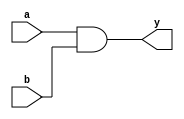
module and2 (input a, b, output y);
    assign y = a & b;
endmodule

module and3 (input a, b, c, output y);
    assign y = a & b & c;
endmodule

module and4 (input a, b, c, d, output y);
    assign y = a & b & c & d;
endmodule

module and5 (input a, b, c, d, e, output y);
    assign y = a & b & c & d & e;
endmodule

module or2 (input a, b, output y);
    assign y = a | b;
endmodule

module or3 (input a, b, c, output y);
    assign y = a | b | c;
endmodule

module or4 (input a, b, c, d, output y);
    assign y = a | b | c | d;
endmodule

module or5 (input a, b, c, d, e, output y);
    assign y = a | b | c | d | e;
endmodule